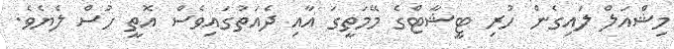
މިޝްއަލް ލައިގެން ހުރި ޓީޝާޓްގެ މޭމަތީގަ އާއި ދެއަތުގައިވެސް އޮތީ ހުސް ލެޔެވެ.